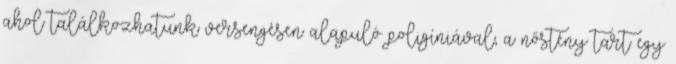
ahol találkozhatunk versengésen alapuló poligíniával, a nőstény tart egy